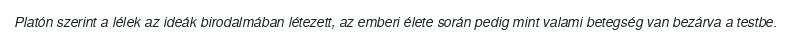
Platón szerint a lélek az ideák birodalmában létezett, az emberi élete során pedig mint valami betegség van bezárva a testbe.